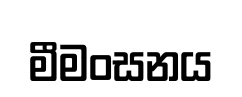
මීමංසනය